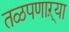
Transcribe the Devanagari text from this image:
तळपणाऱ्या